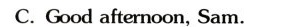
C.Good afternoon,Sam.